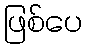
ဖြစ်ပေ